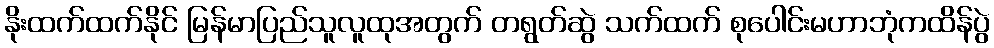
နိုးထက်ထက်နိုင် မြန်မာပြည်သူလူထုအတွက် တရွတ်ဆွဲ သက်ထက် စုပေါင်းမဟာဘုံကထိန်ပွဲ